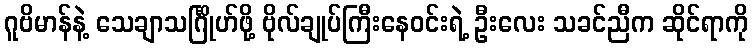
ဂူဗိမာန်နဲ့ သေချာသင်္ဂြိုဟ်ဖို့ ဗိုလ်ချုပ်ကြီးနေဝင်းရဲ့ ဦးလေး သခင်ညီက ဆိုင်ရာကို